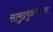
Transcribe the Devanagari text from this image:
सामुद्रधुनीवरून